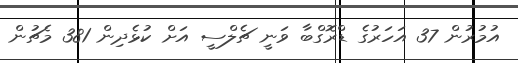
އުމުރުން 37 އަހަރުގެ ޑްރޮގްބާ ވަނީ ޗެލްސީ އަށް ކުޅެދިން 381 މެޗުން